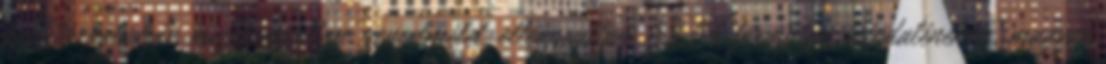
partitúraolvasás, összhangzattan, zeneelmélet, ellenponttan, 63 64 formatan, népdaléneklés, magyar